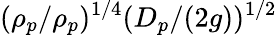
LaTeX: (\rho_{p}/\rho_{p})^{1/4}(D_{p}/(2g))^{1/2}